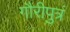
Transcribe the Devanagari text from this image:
गौरीपुत्रं